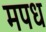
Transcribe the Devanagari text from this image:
मपध